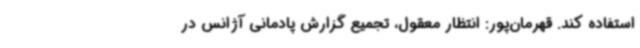
استفاده کند. قهرمان‌پور: انتظار معقول، تجمیع گزارش پادمانی آژانس در